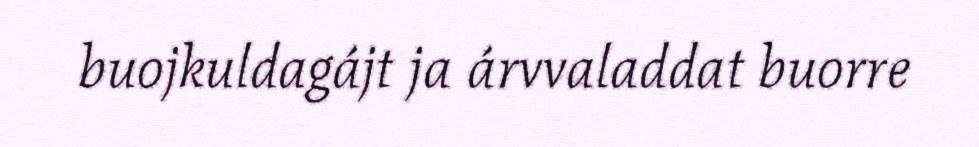
buojkuldagájt ja árvvaladdat buorre